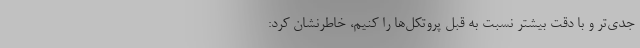
جدی‌تر و با دقت بیشتر نسبت به قبل پروتکل‌ها را کنیم، خاطرنشان کرد: